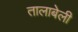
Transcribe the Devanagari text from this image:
तालाबेली